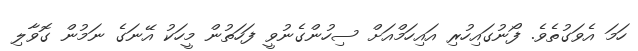
ހަމަ އެވަގުތެވެ. ފޯނުގައިހުރި އައިހަމްއަށް ސިހުންގެނުވީީ ފަހަތުން މީހަކު އޭނަގެ ނަމުން ގޮވާލި